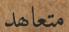
متعاھد